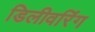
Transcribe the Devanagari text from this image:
डिलीवरिंग